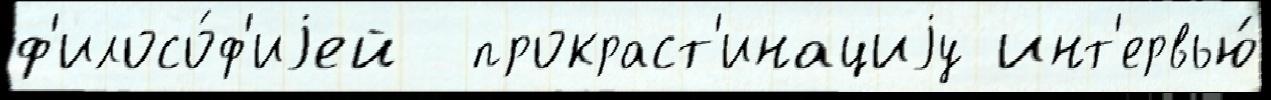
ф'илосо́ф'иjей  прокраст'инациjу инт'ервью́